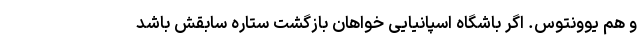
و هم یوونتوس. اگر باشگاه اسپانیایی خواهان بازگشت ستاره سابقش باشد